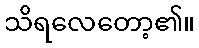
သိရလေတော့၏။